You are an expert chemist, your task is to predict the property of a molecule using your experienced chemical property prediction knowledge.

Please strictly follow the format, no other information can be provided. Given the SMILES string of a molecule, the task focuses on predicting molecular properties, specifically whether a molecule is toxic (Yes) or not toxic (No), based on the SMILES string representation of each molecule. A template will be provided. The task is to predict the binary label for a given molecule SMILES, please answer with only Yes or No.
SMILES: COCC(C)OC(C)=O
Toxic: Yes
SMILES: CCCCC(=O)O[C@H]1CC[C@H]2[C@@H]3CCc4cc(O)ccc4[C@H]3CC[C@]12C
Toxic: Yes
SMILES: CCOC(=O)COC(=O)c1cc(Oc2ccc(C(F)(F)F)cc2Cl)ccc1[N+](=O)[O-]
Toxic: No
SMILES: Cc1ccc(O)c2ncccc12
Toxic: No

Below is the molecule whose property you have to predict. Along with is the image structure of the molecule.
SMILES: CC(CCc1ccc(O)cc1)NCCc1ccc(O)c(O)c1
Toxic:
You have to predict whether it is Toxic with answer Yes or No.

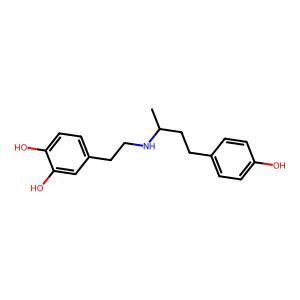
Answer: No